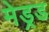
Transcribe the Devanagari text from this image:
मेड्रड